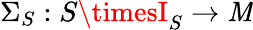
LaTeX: \Sigma_{S}:S\timesI_{S}\to\mathit{M}